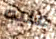
عليه